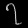
Digit: ၇